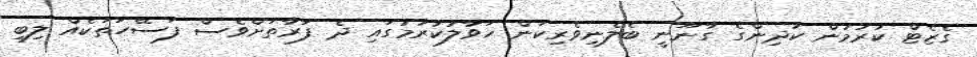
ގެޒެޓް ކުރުމުން ކުދިންގެ ގާނޫނީ ބެލެނިވެރިކަން ހަވާލުކުރުމުގައި ދެ ފަރާތަށްވެސް ފަސޭހަތަކެއް ލިބި